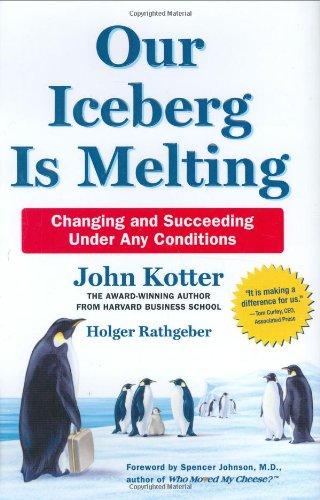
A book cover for Our Iceberg Is Melting: Changing and Succeeding under Any Conditions; John Kotter; Business & Money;